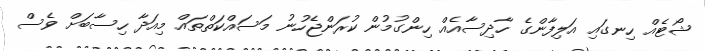
ޝޯޓެއް ހިނގައި އަލިފާންގެ ހާދިސާއެއް ހިންގުމުން ކުރަންޖެހުނު މަސައްކަތްތައް މިއަދާ ހިސާބަށް ވެސް